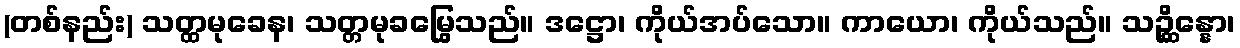
(တစ်နည်း) သတ္ထမုခေန၊ သတ္တမုခမြွေသည်။ ဒဋ္ဌော၊ ကိုယ်အပ်သော။ ကာယော၊ ကိုယ်သည်။ သဉ္ဆိန္နော၊